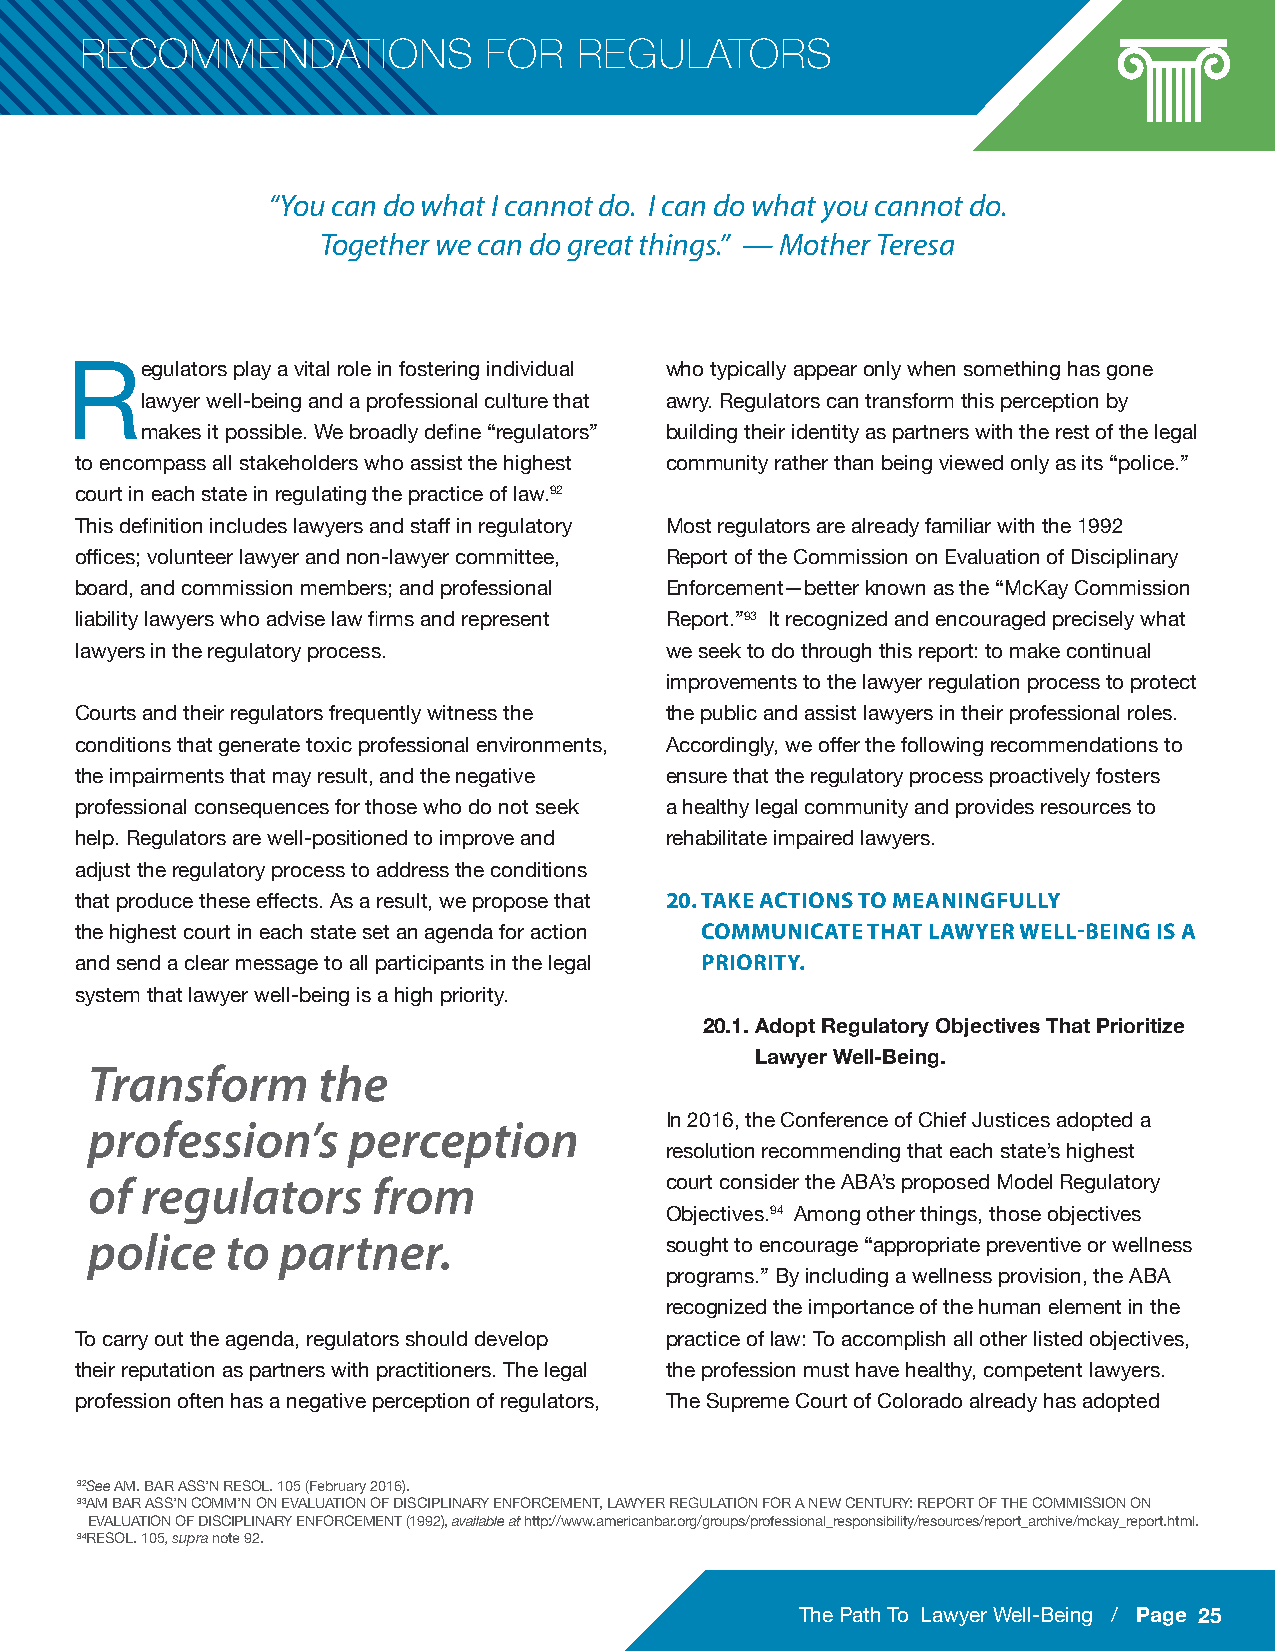
RECOMMENDATIONS            FOR   REGULATORS
 “You can do what I cannot do. I can do what you cannot do.
 Together we can do great things.” — Mother Teresa
 egulators play a vital role in fostering individual who typically appear only when something has gone
 R
 lawyer well-being and a professional culture that awry. Regulators can transform this perception by
 makes it possible. We broadly define “regulators” building their identity as partners with the rest of the legal
 to encompass all stakeholders who assist the highest community rather than being viewed only as its “police.”
 court in each state in regulating the practice of law.92
 This definition includes lawyers and staff in regulatory Most regulators are already familiar with the 1992
 offices; volunteer lawyer and non-lawyer committee, Report of the Commission on Evaluation of Disciplinary
 board, and commission members; and professional Enforcement—better known as the “McKay Commission
 liability lawyers who advise law firms and represent Report.”93 It recognized and encouraged precisely what
 lawyers in the regulatory process.     we seek to do through this report: to make continual
 improvements to the lawyer regulation process to protect
 Courts and their regulators frequently witness the the public and assist lawyers in their professional roles.
 conditions that generate toxic professional environments, Accordingly, we offer the following recommendations to
 the impairments that may result, and the negative ensure that the regulatory process proactively fosters
 professional consequences for those who do not seek a healthy legal community and provides resources to
 help. Regulators are well-positioned to improve and rehabilitate impaired lawyers.
 adjust the regulatory process to address the conditions
 20. TAKE ACTIONS TO MEANINGFULLY
 that produce these effects. As a result, we propose that
 COMMUNICATE THAT LAWYER WELL-BEING IS A
 the highest court in each state set an agenda for action
 PRIORITY.
 and send a clear message to all participants in the legal
 system that lawyer well-being is a high priority.
 20.1. Adopt Regulatory Objectives That Prioritize
 Lawyer Well-Being.
 Transform      the
 profession’s     perception           In 2016, the Conference of Chief Justices adopted a
 resolution recommending that each state’s highest
 of regulators      from               court consider the ABA’s proposed Model Regulatory
 Objectives.94 Among other things, those objectives
 police   to partner.
 sought to encourage “appropriate preventive or wellness
 programs.” By including a wellness provision, the ABA
 recognized the importance of the human element in the
 To carry out the agenda, regulators should develop practice of law: To accomplish all other listed objectives,
 their reputation as partners with practitioners. The legal the profession must have healthy, competent lawyers.
 profession often has a negative perception of regulators, The Supreme Court of Colorado already has adopted
 92See AM. BAR ASS’N RESOL. 105 (February 2016).
 93AM BAR ASS’N COMM’N ON EVALUATION OF DISCIPLINARY ENFORCEMENT, LAWYER REGULATION FOR A NEW CENTURY: REPORT OF THE COMMISSION ON
 EVALUATION OF DISCIPLINARY ENFORCEMENT (1992), available at http://www.americanbar.org/groups/professional_responsibility/resources/report_archive/mckay_report.html.
 94RESOL. 105, supra note 92.
 The Path To Lawyer Well-Being / Page 25